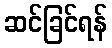
ဆင်ခြင်ရန်